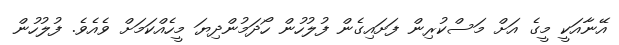
އޭނާއަކީ މީގެ އަށް މަސްކުރިން ފަށައިގެން ފުލުހުން ހޯދަމުންދިޔަ މީހެއްކަމަށް ވެއެވެ. ފުލުހުން